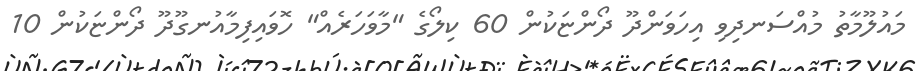
މައުލޫމާތު މުއްސަނދިވި އިހަވަންދޫ ދޯންޏަކުން 60 ކިލޯގެ "މާވަހަރެއް" ހޮވައިފިމާއުނގޫދޫ ދޯންޏަކުން 10